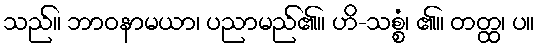
သည်။ ဘာဝနာမယာ၊ ပညာမည်၏။ ဟိ-သစ္စံ၊ ၏။ တတ္ထ၊ ပ။